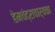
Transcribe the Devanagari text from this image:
हेमचंद्राचार्यका